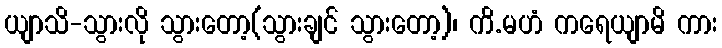
ယျာသိ-သွားလို သွားတော့(သွားချင် သွားတော့)၊ ကိ.မဟံ ကရေယျာမိ ကား